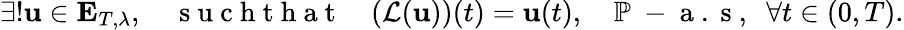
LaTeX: \exists!\textbf{u}\in\mathbf{E}_{T,\lambda},\quad\mathrm{~s~u~c~h~t~h~a~t~}\quad(\mathcal{L}(\textbf{u}))(t)=\textbf{u}(t),\quad\mathbb{P}\mathrm{~-~a~.~s~,~}\; \forall t\in(0,T).